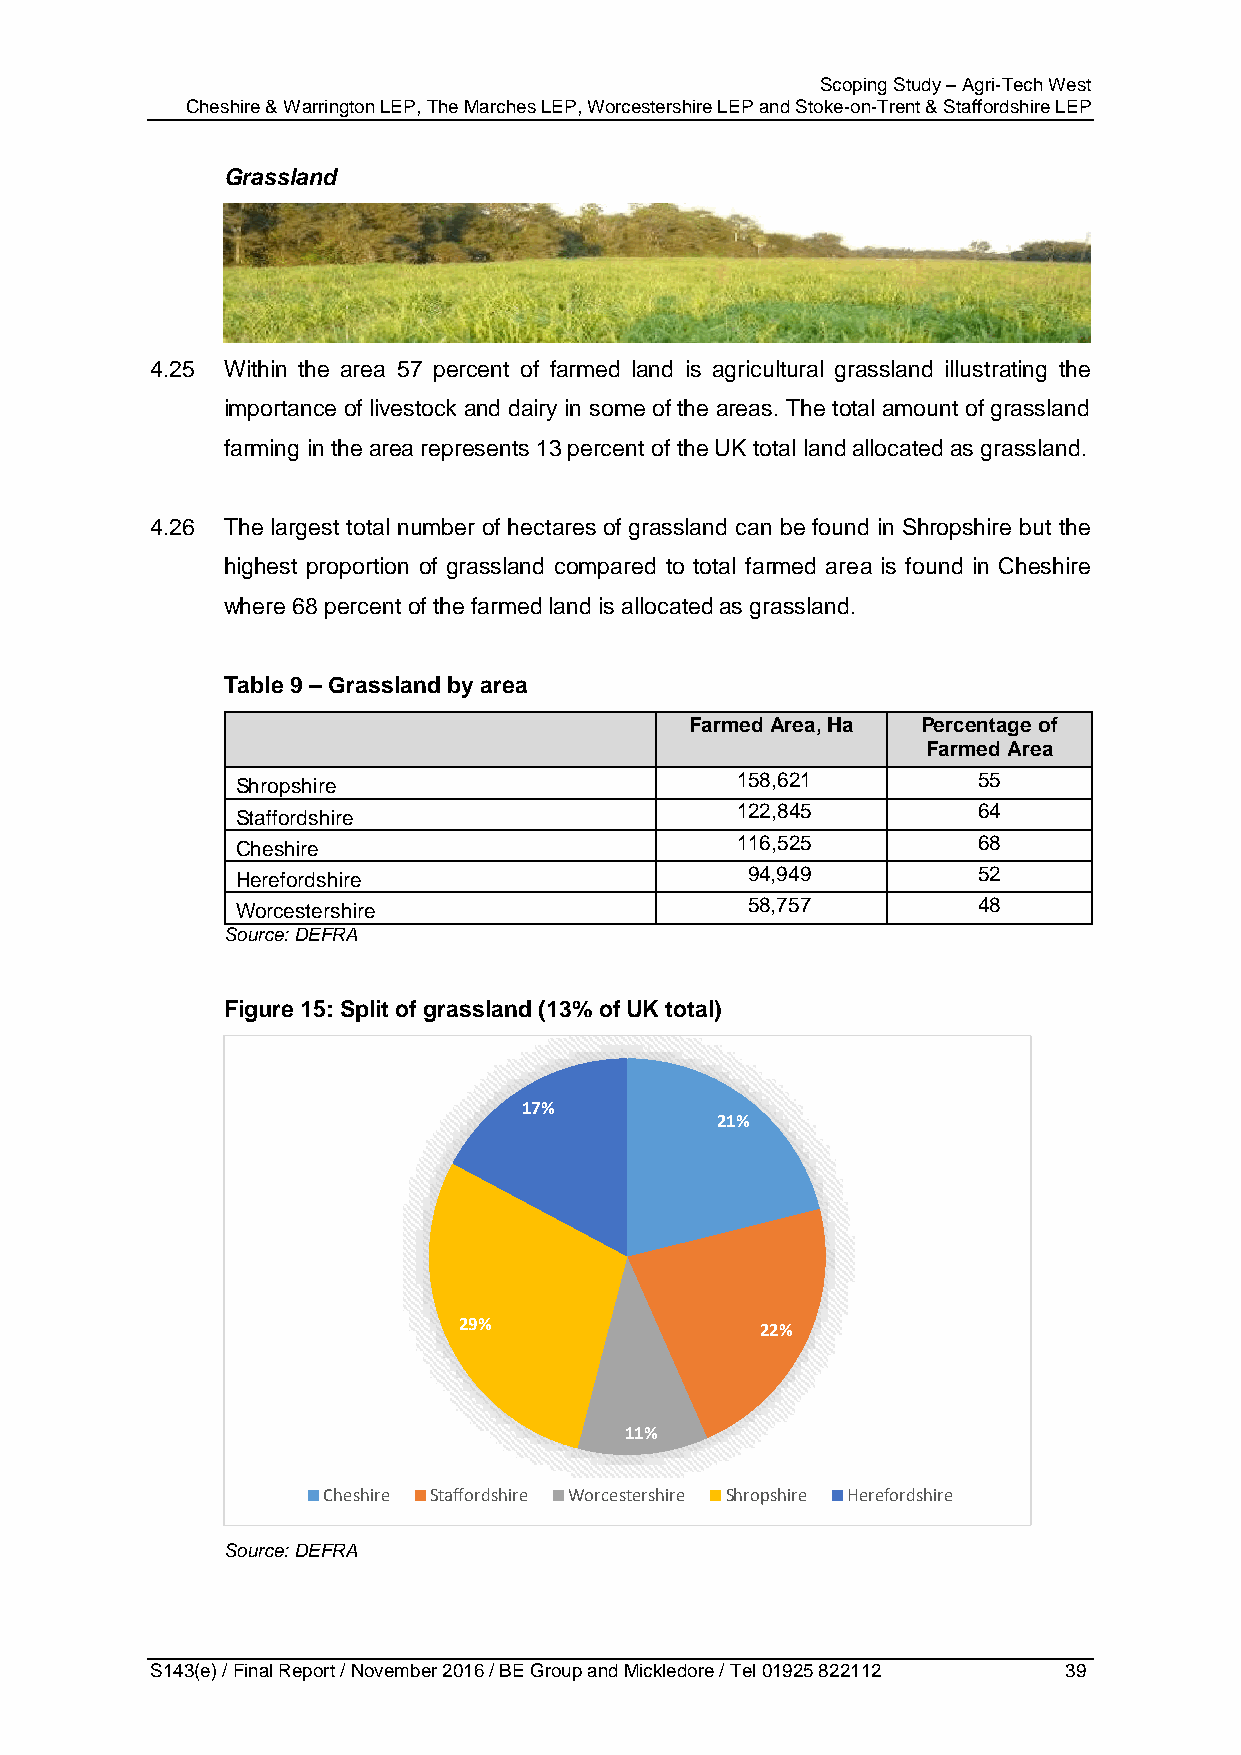
Scoping Study – Agri-Tech West
 Cheshire & Warrington LEP, The Marches LEP, Worcestershire LEP and Stoke-on-Trent & Staffordshire LEP
 Grassland
 4.25 Within the area 57 percent of farmed land is agricultural grassland illustrating the
 importance of livestock and dairy in some of the areas. The total amount of grassland
 farming in the area represents 13 percent of the UK total land allocated as grassland.
 4.26 The largest total number of hectares of grassland can be found in Shropshire but the
 highest proportion of grassland compared to total farmed area is found in Cheshire
 where 68 percent of the farmed land is allocated as grassland.
 Table 9 – Grassland by area
 Farmed Area, Ha Percentage of
 Farmed Area
 Shropshire                       158,621         55
 Staffordshire                    122,845         64
 Cheshire                         116,525         68
 Herefordshire                    94,949          52
 Worcestershire                   58,757          48
 Source: DEFRA
 Figure 15: Split of grassland (13% of UK total)
 17%
 21%
 29%                 22%
 11%
 Cheshire Staffordshire Worcestershire Shropshire Herefordshire
 Source: DEFRA
 S143(e) / Final Report / November 2016 / BE Group and Mickledore / Tel 01925 822112 39